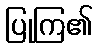
ပြုကြ၏